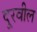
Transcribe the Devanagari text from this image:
दूरवील